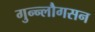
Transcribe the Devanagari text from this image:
गुन्न्लौगसन